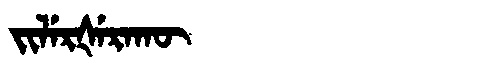
Manchu: ᠵᡳᠯᡝᡵᡧᡝᡵᠠᡴᡡ
Romanization: JILERŠERAKŪ